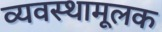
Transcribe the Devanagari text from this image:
व्यवस्थामूलक